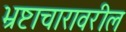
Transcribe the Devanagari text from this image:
भ्रष्टाचारावरील